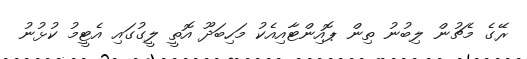
ރޭގެ މެޗުން ލިބުނު ތިން ޕޮއިންޓާއިއެކު މަހިބަދޫ އޮތީ ލީގުގައި އެޓީމު ކުޅުނު